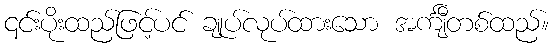
၎င်းပိုးထည်ဖြင့်ပင် ချုပ်လုပ်ထားသော အင်္ကျီတစ်ထည်။